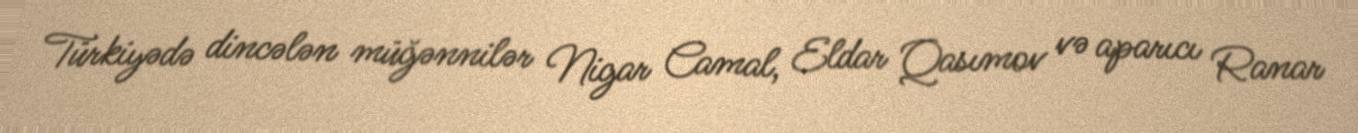
Türkiyədə dincələn müğənnilər Nigar Camal, Eldar Qasımov və aparıcı Ranar